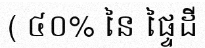
( ៤០% នៃ ផ្ទៃដី